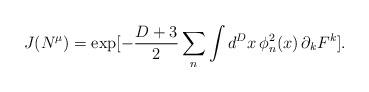
LaTeX: \begin{align*}J(N^{\mu}) = \exp[-\frac{D+3}{2} \sum_n \int d^Dx \, \phi^2_n(x) \, \partial_k F^k].\end{align*}